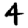
Digit: 4